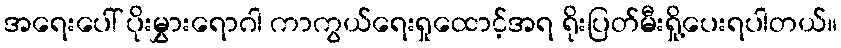
အရေးပေါ် ပိုးမွှားရောဂါ ကာကွယ်ရေးရှုထောင့်အရ ရိုးပြတ်မီးရှို့ပေးရပါတယ်။